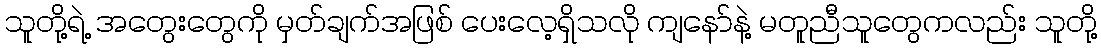
သူတို့ရဲ့ အတွေးတွေကို မှတ်ချက်အဖြစ် ပေးလေ့ရှိသလို ကျနော်နဲ့ မတူညီသူတွေကလည်း သူတို့